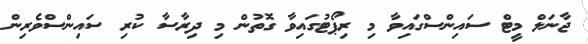
ޖާނަލް މީޓް ސައިންސްގައިވާ މި ރިޕޯޓުގައިވާ ގޮތުން މި ދިރާސާ ކުރި ސައިންސްވެރިން